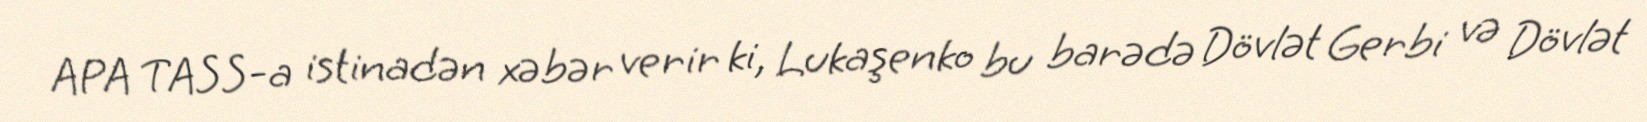
APA TASS-a istinadən xəbər verir ki, Lukaşenko bu barədə Dövlət Gerbi və Dövlət